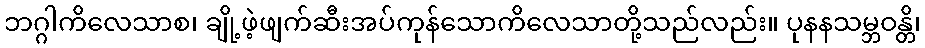
ဘဂ္ဂါကိလေသာစ၊ ချို့ဖဲ့ဖျက်ဆီးအပ်ကုန်သောကိလေသာတို့သည်လည်း။ ပုနနသမ္ဘဝန္တိ၊